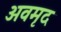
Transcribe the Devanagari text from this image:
अवमृद